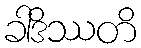
ခါဒိဿတိ